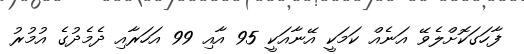
ފާހަގަކޮށްލެވޭ އަނެއް ކަމަކީ އޭނާއަކީ 95 އާއި 99 އަހަރާއި ދެމެދުގެ އުމުރު